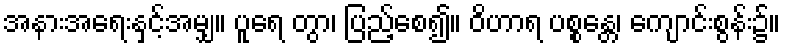
အနားအရေးနှင့်အမျှ။ ပူရေ တွာ၊ ပြည့်စေ၍။ ဝိဟာရ ပစ္စန္တေ၊ ကျောင်းစွန်း၌။